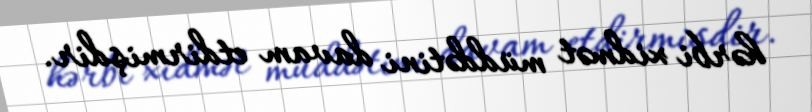
hərbi xidmət müddətini davam etdirmişdir.